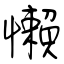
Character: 懶